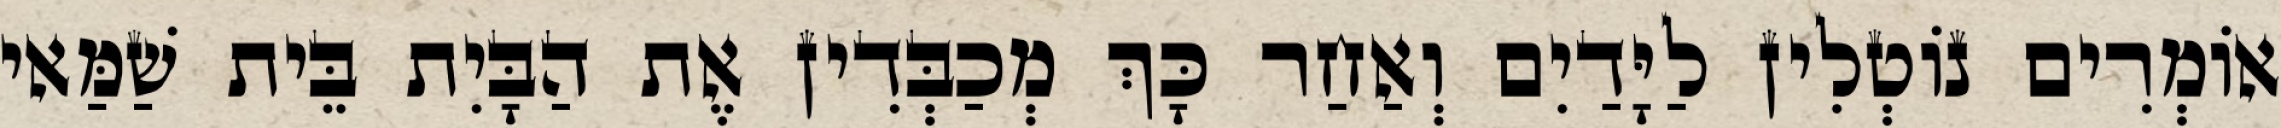
אוֹמְרִים נוֹטְלִין לַיָּדַיִם וְאַחַר כָּךְ מְכַבְּדִין אֶת הַבָּיִת בֵּית שַׁמַּאי